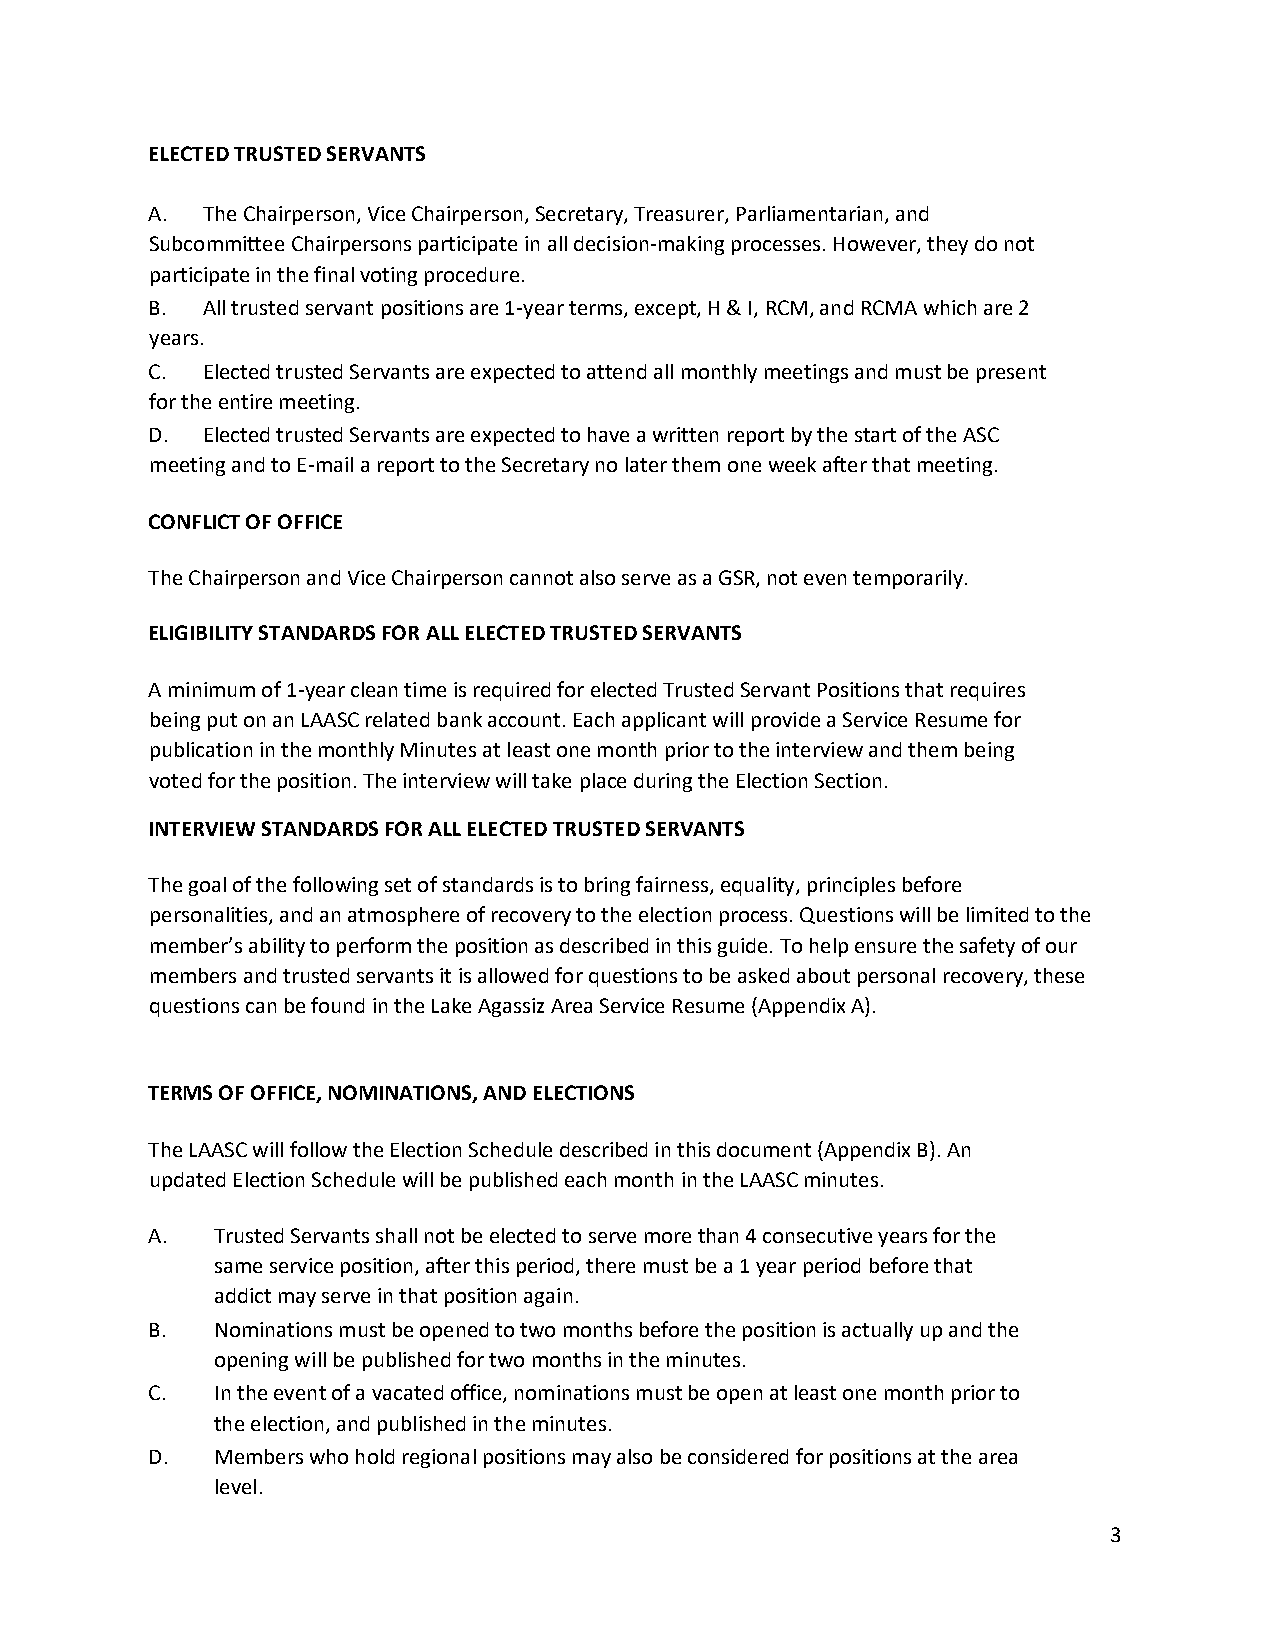
ELECTED TRUSTED SERVANTS
 A. The Chairperson, Vice Chairperson, Secretary, Treasurer, Parliamentarian, and
 Subcommittee Chairpersons participate in all decision-making processes. However, they do not
 participate in the final voting procedure.
 B. All trusted servant positions are 1-year terms, except, H & I, RCM, and RCMA which are 2
 years.
 C. Elected trusted Servants are expected to attend all monthly meetings and must be present
 for the entire meeting.
 D. Elected trusted Servants are expected to have a written report by the start of the ASC
 meeting and to E-mail a report to the Secretary no later them one week after that meeting.
 CONFLICT OF OFFICE
 The Chairperson and Vice Chairperson cannot also serve as a GSR, not even temporarily.
 ELIGIBILITY STANDARDS FOR ALL ELECTED TRUSTED SERVANTS
 A minimum of 1-year clean time is required for elected Trusted Servant Positions that requires
 being put on an LAASC related bank account. Each applicant will provide a Service Resume for
 publication in the monthly Minutes at least one month prior to the interview and them being
 voted for the position. The interview will take place during the Election Section.
 INTERVIEW STANDARDS FOR ALL ELECTED TRUSTED SERVANTS
 The goal of the following set of standards is to bring fairness, equality, principles before
 personalities, and an atmosphere of recovery to the election process. Questions will be limited to the
 member’s ability to perform the position as described in this guide. To help ensure the safety of our
 members and trusted servants it is allowed for questions to be asked about personal recovery, these
 questions can be found in the Lake Agassiz Area Service Resume (Appendix A).
 TERMS OF OFFICE, NOMINATIONS, AND ELECTIONS
 The LAASC will follow the Election Schedule described in this document (Appendix B). An
 updated Election Schedule will be published each month in the LAASC minutes.
 A.  Trusted Servants shall not be elected to serve more than 4 consecutive years for the
 same service position, after this period, there must be a 1 year period before that
 addict may serve in that position again.
 B.  Nominations must be opened to two months before the position is actually up and the
 opening will be published for two months in the minutes.
 C.  In the event of a vacated office, nominations must be open at least one month prior to
 the election, and published in the minutes.
 D.  Members who hold regional positions may also be considered for positions at the area
 level.
 3